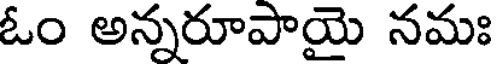
ఓం అన్నరూపాయై నమః